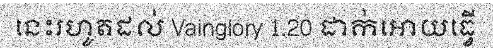
នេះរហូតដល់ Vainglory 1.20 ដាក់អោយធ្វើ